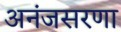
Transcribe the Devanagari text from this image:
अनंजसरणा